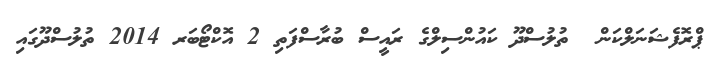
ޕްރޮފެޝަނަލްކަން  ތުލުސްދޫ ކައުންސިލްގެ ރައީސް ބުރާސްފަތި 2 އޮކްޓޯބަރ 2014 ތުލުސްދޫގައި